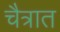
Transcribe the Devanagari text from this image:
चैत्रात